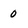
Character: 0